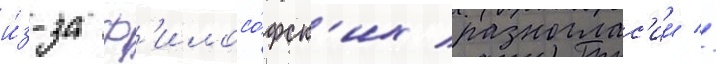
и́з-за ф'илосо́фск'их разноглас'ии //